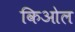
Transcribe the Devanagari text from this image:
किओल